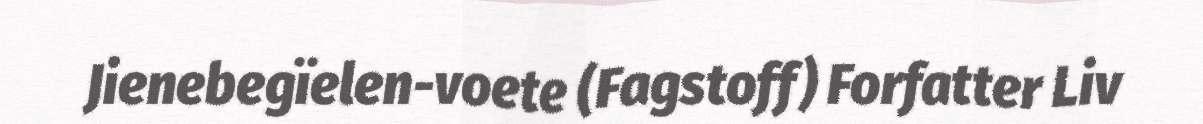
Jienebegïelen-voete (Fagstoff) Forfatter Liv